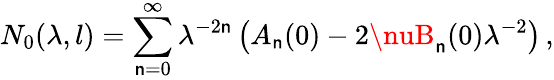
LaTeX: N_{0}(\lambda,l)=\sum_{\mathsf{n}=0}^{\infty}\lambda^{-2\mathsf{n}}\left(A_{\mathsf{n}}(0)-2\nuB_{\mathsf{n}}(0)\lambda^{-2}\right)\, ,